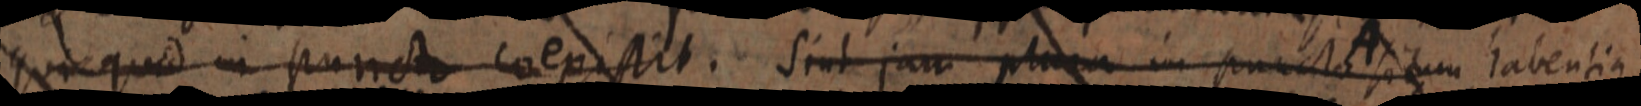
quicquid in puncto coexistit. Sint jam plura in puncta situm habentia